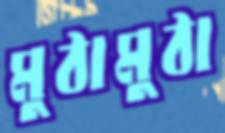
মুঠামুঠা